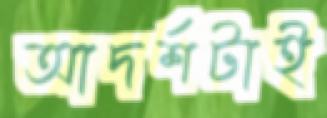
আদর্শটাই